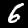
Label: 6